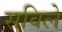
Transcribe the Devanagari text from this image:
सविले